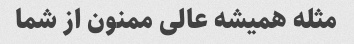
مثله همیشه عالی ممنون از شما